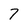
Character: 7